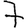
Digit: 7